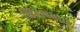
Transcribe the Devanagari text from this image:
खिताबधारी